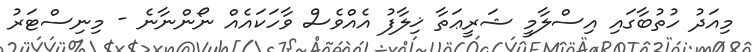
މިއަދު ހުތުބާގައި އިސްލާމީ ޝަރީޢަތާ ޚިލާފު އެއްވެސް ވާހަކައެއް ނޯންނާނެ - މިނިސްޓަރު